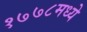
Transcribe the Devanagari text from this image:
१७७८मध्ये